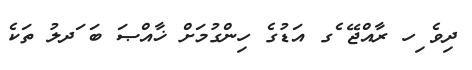
ދިވެ ިހ ރާއްޖޭ ެގ އަޑުގެ ހިންގުމަށް ޚާއްޞަ ބަ ަދލު ތަކެ